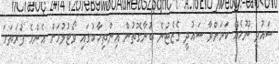
ސައުދީ ނޫހެއް ކަމަށްވާ ސައުދީ ގެޒެޓުން ބުނާގޮތުން އިންތިހާބުގައި ވޯޓުލުމަށް އެންމެ ފުރަތަމަ